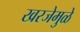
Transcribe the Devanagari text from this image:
खरजेमुळे